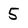
Character: 5